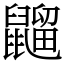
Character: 䶉